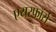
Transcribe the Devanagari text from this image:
एयरफॉर्स